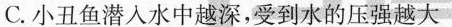
C.小丑鱼潜入水中越深，受到水的压强越大